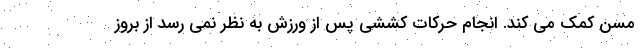
مسن کمک می کند. انجام حرکات کششی پس از ورزش به نظر نمی رسد از بروز